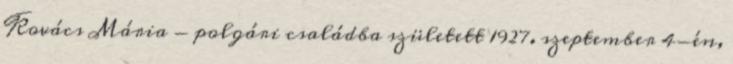
Kovács Mária - polgári családba született 1927. szeptember 4-én,